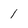
Character: 1